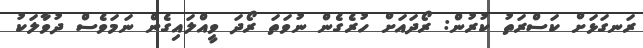
ރަނގަޅަށް ކަސްރަތު ކުރުން: ރޯދައަށް ހުރެގެން ނުވަތަ ރޯދަ ވީއްލައިގެން ނަމަވެސް ދުވާލަކު